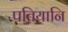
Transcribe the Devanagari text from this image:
पतियानि